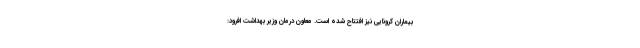
بیماران کرونایی نیز افتتاح شده است. معاون درمان وزیر بهداشت افرود: